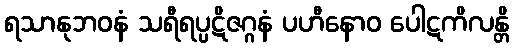
ရသာနုဘဝနံ သရီရပ္ပဋိဇဂ္ဂနံ ပဟီနောဝ ပေါဋကိလန္တိ